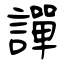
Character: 譂